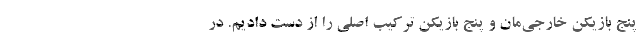
پنج بازیکن خارجی‌مان و پنج بازیکن ترکیب اصلی‌ را از دست دادیم. در